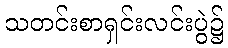
သတင်းစာရှင်းလင်းပွဲ၌